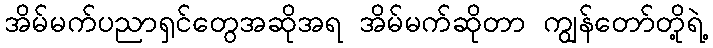
အိမ်မက်ပညာရှင်တွေအဆိုအရ အိမ်မက်ဆိုတာ ကျွန်တော်တို့ရဲ့